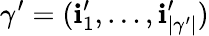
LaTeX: \gamma^{\prime}=(\mathbf{i}_{1}^{\prime},\dots,\mathbf{i}_{|\gamma^{\prime}|}^{\prime})